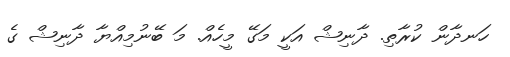
ހަނދާން ކުރާތި. ދާނިޝް އަކީ މަގޭ މީހެއް. މަ ބޭނުމިއްޔާ ދާނިޝް ގެ